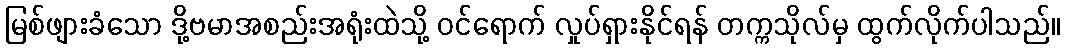
မြစ်ဖျားခံသော ဒို့ဗမာအစည်းအရုံးထဲသို့ ဝင်ရောက် လှုပ်ရှားနိုင်ရန် တက္ကသိုလ်မှ ထွက်လိုက်ပါသည်။